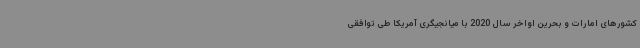
کشورهای امارات و بحرین اواخر سال 2020 با میانجیگری آمریکا طی توافقی